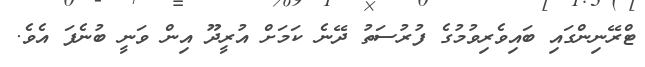
ޓްރޭނިންގައި ބައިވެރިވުމުގެ ފުރުސަތު ދޭނެ ކަމަށް އުރީދޫ އިން ވަނީ ބުނެފަ އެވެ.